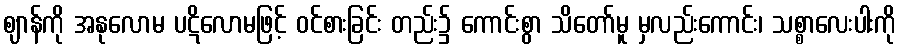
ဈာန်ကို အနုလောမ ပဋိလောမဖြင့် ဝင်စားခြင်း တည်း၌ ကောင်းစွာ သိတော်မူ မှလည်းကောင်း၊ သစ္စာလေးပါးကို